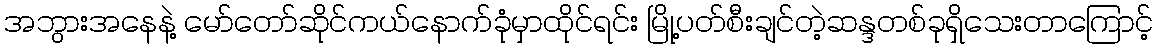
အဘွားအနေနဲ့ မော်တော်ဆိုင်ကယ်နောက်ခုံမှာထိုင်ရင်း မြို့ပတ်စီးချင်တဲ့ဆန္ဒတစ်ခုရှိသေးတာကြောင့်